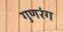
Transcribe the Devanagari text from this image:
गुणरंग